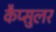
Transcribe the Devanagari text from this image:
कैप्सुलर